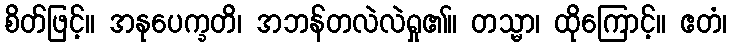
စိတ်ဖြင့်။ အနုပေက္ခတိ၊ အဘန်တလဲလဲရှု၏။ တသ္မာ၊ ထိုကြောင့်။ ဧတံ၊